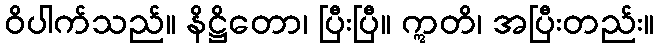
ဝိပါက်သည်။ နိဋ္ဌိတော၊ ပြီးပြီ။ ဣတိ၊ အပြီးတည်း။